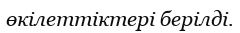
өкілеттіктері берілді.